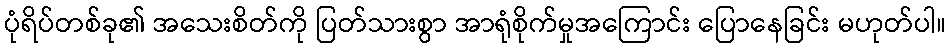
ပုံရိပ်တစ်ခု၏ အသေးစိတ်ကို ပြတ်သားစွာ အာရုံစိုက်မှုအကြောင်း ပြောနေခြင်း မဟုတ်ပါ။